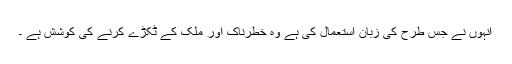
انہوں نے جس طرح کی زبان استعمال کی ہے وہ خطرناک اور ملک کے ٹکڑے کرنے کی کوشش ہے ۔